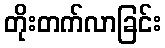
တိုးတက်လာခြင်း